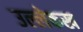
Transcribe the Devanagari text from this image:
उल्लेकख